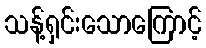
သန့်ရှင်းသောကြောင့်